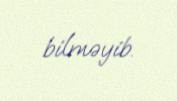
bilməyib.